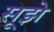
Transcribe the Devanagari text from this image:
सूझे